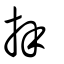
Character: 𢹄